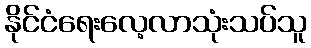
နိုင်ငံရေးလေ့လာသုံးသပ်သူ